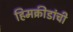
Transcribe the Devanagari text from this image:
हिमक्रीडांची